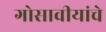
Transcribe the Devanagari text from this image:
गोसावीयांचे